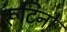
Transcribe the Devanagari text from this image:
रूटिनों